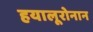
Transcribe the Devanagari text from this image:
हयालूरोनान